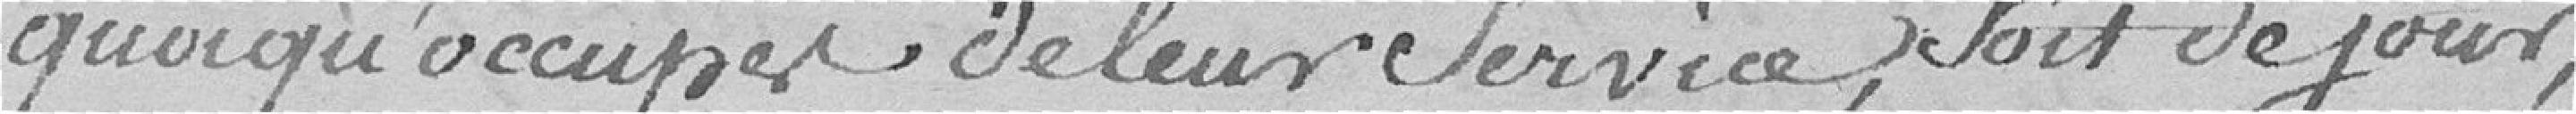
quoiqu'occupés de leur service, soit de jour,